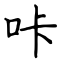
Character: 咔